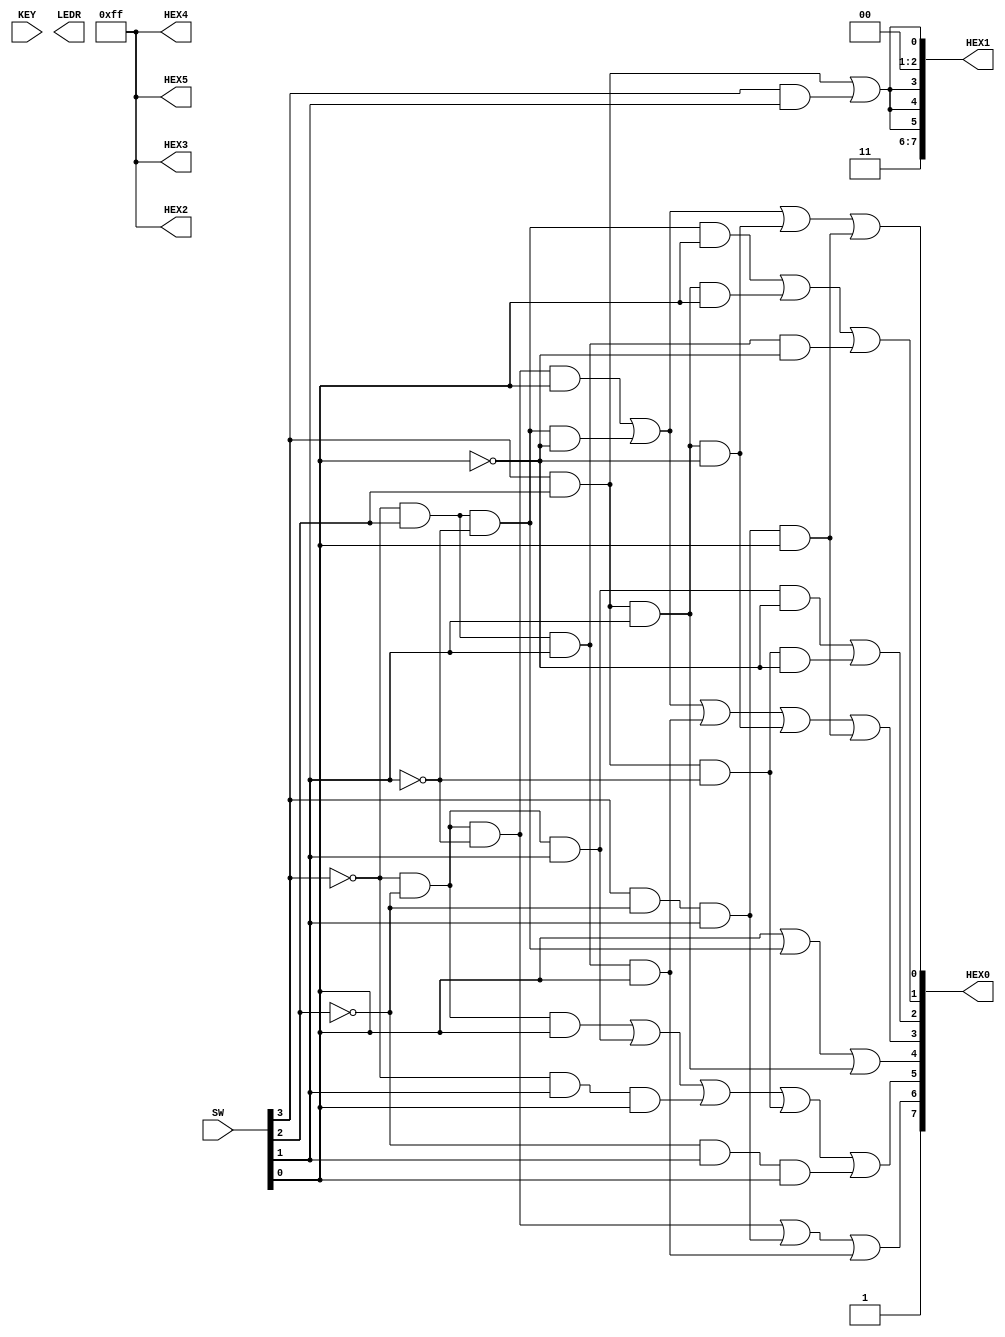
//======================================================= 
//  This code is generated by Terasic System Builder 
//======================================================= 
 
module lab1_part2( 
 //////////// SEG7 ////////// 
 output        [7:0]  HEX0, 
 output        [7:0]  HEX1, 
 output        [7:0]  HEX2, 
 output        [7:0]  HEX3, 
 output        [7:0]  HEX4, 
 output        [7:0]  HEX5, 
 //////////// KEY ////////// 
 input         [1:0]  KEY, 
 //////////// LED ////////// 
 output        [9:0]  LEDR, 
 //////////// SW ////////// 
 input         [9:0]  SW 
); 
//======================================================= 
//  Structural coding 
//======================================================= 

//Turns off All HEX5[]-HEX2[]
assign HEX5 = 8'b11111111;
assign HEX4 = 8'b11111111;
assign HEX3 = 8'b11111111;
assign HEX2 = 8'b11111111;

//Turns off decimals for HEX1[] and HEX0[]
assign HEX1[7] = 1;
assign HEX0[7] = 1;

//Assignments for HEX1[] based on SOP
assign HEX1[6] = 1;
assign HEX1[5] = (SW[3]&SW[2])|(SW[3]&SW[1]);
assign HEX1[4] = (SW[3]&SW[2])|(SW[3]&SW[1]);
assign HEX1[3] = (SW[3]&SW[2])|(SW[3]&SW[1]);
assign HEX1[2] = 0;
assign HEX1[1] = 0;
assign HEX1[0] = (SW[3]&SW[2])|(SW[3]&SW[1]);

//Assignments for HEX0[] based on SOP
assign HEX0[6] = (~SW[3]&~SW[2]&~SW[1])|(SW[3]&~SW[2]&SW[1])|(~SW[3]&SW[2]&SW[1]&SW[0]);
assign HEX0[5] = (~SW[3]&~SW[2]&SW[0])|(~SW[3]&~SW[2]&SW[1])|(~SW[3]&SW[1]&SW[0])|(SW[3]&SW[2]&~SW[1])|(~SW[2]&SW[1]&SW[0]);
assign HEX0[4] = SW[0]|(~SW[3]&SW[2]&~SW[1])|(SW[3]&SW[2]&SW[1]);
assign HEX0[3] = (~SW[3]&~SW[2]&~SW[1]&SW[0])|(~SW[3]&SW[2]&~SW[1]&~SW[0])|(~SW[3]&SW[2]&SW[1]&SW[0])|(SW[3]&SW[2]&SW[1]&~SW[0])|(SW[3]&~SW[2]&SW[1]&SW[0]);
assign HEX0[2] = (~SW[3]&~SW[2]&SW[1]&~SW[0])|(SW[3]&SW[2]&~SW[1]&~SW[0]);
assign HEX0[1] = (~SW[3]&SW[2]&~SW[1]&SW[0])|(SW[3]&SW[2]&SW[1]&SW[0])|(~SW[3]&SW[2]&SW[1]&~SW[0]);
assign HEX0[0] = (~SW[3]&~SW[2]&~SW[1]&SW[0])|(~SW[3]&SW[2]&~SW[1]&~SW[0])|(SW[3]&SW[2]&SW[1]&~SW[0])|(SW[3]&~SW[2]&SW[1]&SW[0]);
endmodule